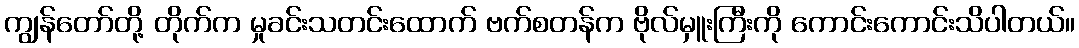
ကျွန်တော်တို့ တိုက်က မှုခင်းသတင်းထောက် ဗက်စတန်က ဗိုလ်မှူးကြီးကို ကောင်းကောင်းသိပါတယ်။